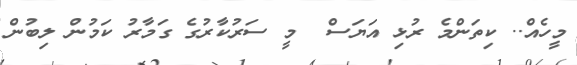
މީހެއް.. ކިތަންމެ ރުޅި އަޔަސް  މީ ސަރުކާރުގެ ގަމާރު ކަމުން ލިބުން